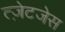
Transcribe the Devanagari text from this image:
त्ज़ेटजेस